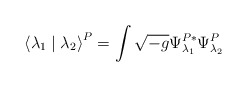
\begin{align*}\left<\lambda_1\mid\lambda_2\right>^P = \int \sqrt{-g} \Psi_{\lambda_1}^{P*} \Psi^P_{\lambda_2}\end{align*}